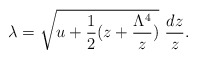
\begin{align*}\lambda= \sqrt{u + \frac{1}{2} (z + \frac{\Lambda^4}{z} )}~ \frac{dz}{z}.\end{align*}